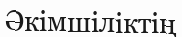
Әкімшіліктің